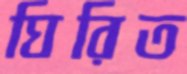
ঘিরিত